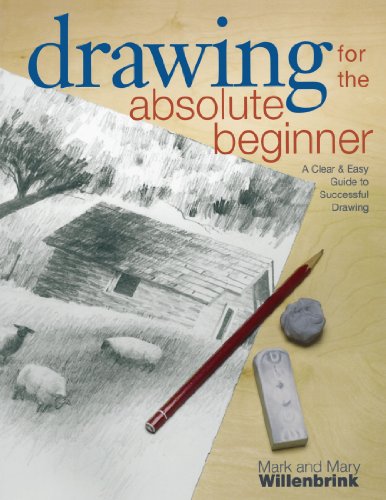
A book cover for Drawing for the Absolute Beginner: A Clear & Easy Guide to Successful Drawing (Art for the Absolute Beginner); Mark Willenbrink; Arts & Photography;